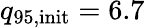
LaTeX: {q_{95,\mathrm{init}}=6.7}